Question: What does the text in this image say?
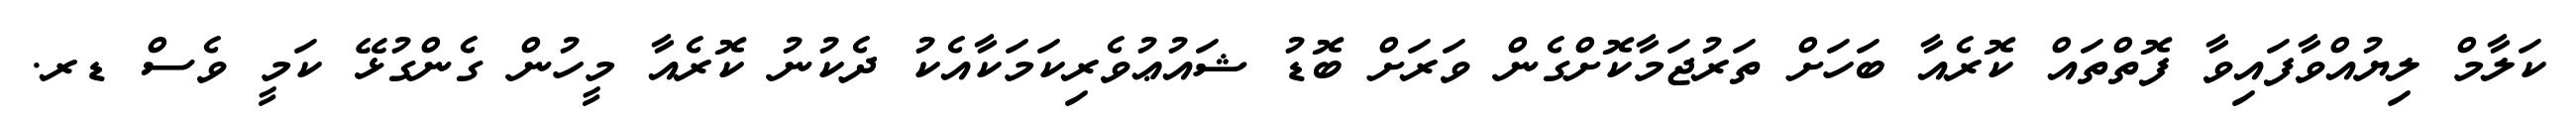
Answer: ކަލާމް ލިޔުއްވާފައިވާ ފޮތްތައް ކޮރެއާ ބަހަށް ތަރުޖަމާކޮށްގެން ވަރަށް ބޮޑު ޝައުޢުވެރިކަމަކާއެކު ދެކުނު ކޮރެއާ މީހުން ގެންގުޅޭ ކަމީ ވެސް ޑރ.